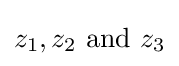
z_{1},z_{2}{\text{ and }}z_{3}